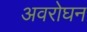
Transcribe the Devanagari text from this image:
अवरोघन